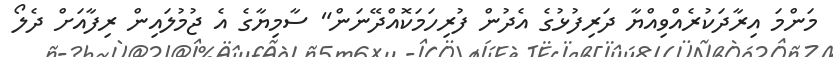
މަންމަ އިރާދަކުރެއްވިއްޔާ ދަރިފުޅުގެ އެދުން ފުރިހަމަކޮއްދޭނަން" ސާމިޔާގެ އެ ޖުމުލައިން ރިފާއަށް ދެލޯ